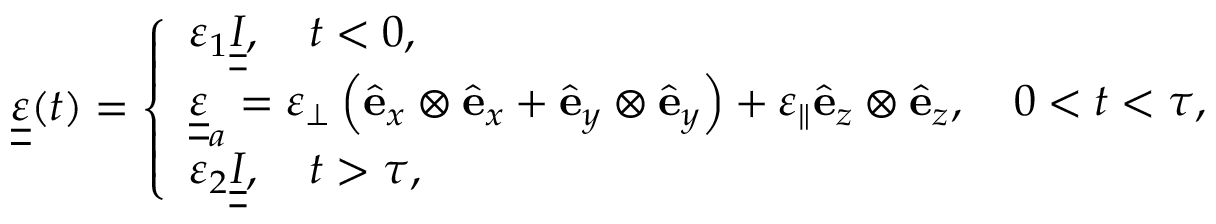
\begin{array} { r } { \underline { { \underline { \varepsilon } } } ( t ) = \left\{ \begin{array} { l l } { \varepsilon _ { 1 } \underline { { \underline { I } } } , \quad t < 0 , } \\ { \underline { { \underline { { \varepsilon } } } } _ { a } = \varepsilon _ { \perp } \left( { \hat { \bf e } } _ { x } \otimes { \hat { \bf e } } _ { x } + { \hat { \bf e } } _ { y } \otimes { \hat { \bf e } } _ { y } \right) + \varepsilon _ { \parallel } { \hat { \bf e } } _ { z } \otimes { \hat { \bf e } } _ { z } , \quad 0 < t < \tau , } \\ { \varepsilon _ { 2 } \underline { { \underline { I } } } , \quad t > \tau , } \end{array} \right. } \end{array}